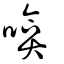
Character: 啽